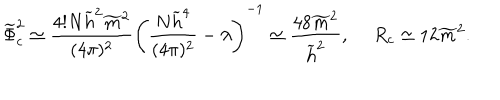
\widetilde { \Phi } _ { c } ^ { 2 } \simeq \frac { 4 ! N \widetilde { h } ^ { 2 } \widetilde { m } ^ { 2 } } { ( 4 \pi ) ^ { 2 } } \left( \frac { N \widetilde { h } ^ { 4 } } { ( 4 \pi ) ^ { 2 } } - \lambda \right) ^ { - 1 } \simeq \frac { 4 8 \widetilde { m } ^ { 2 } } { \widetilde { h } ^ { 2 } } , \ R _ { c } \simeq 1 2 \widetilde { m } ^ { 2 } .